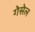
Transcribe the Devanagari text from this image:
गेसेल